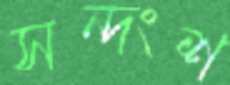
সন্দংশ